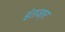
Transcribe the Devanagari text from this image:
इंतजा़र